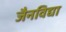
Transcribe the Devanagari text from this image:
जैनविद्या